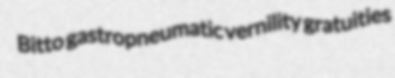
Bitto gastropneumatic vernility gratuities